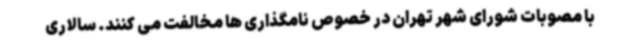
با مصوبات شورای شهر تهران در خصوص نامگذاری ها مخالفت می کنند. سالاری